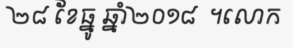
២៨ ខែធ្នូ ឆ្នាំ២០១៨  ។លោក